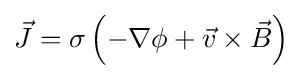
{\vec {J}}=\sigma \left(-\nabla \phi +{\vec {v}}\times {\vec {B}}\right)